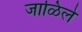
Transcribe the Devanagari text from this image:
जाळिले